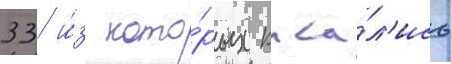
33 и́з кото́рых каса́л'ись